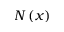
N \left( x \right)